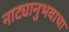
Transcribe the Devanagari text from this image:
नाट्यानुभवाचा